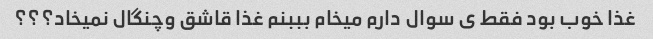
غذا خوب بود فقط ی سوال دارم میخام بببنم غذا قاشق وچنگال نمیخاد؟؟؟